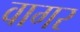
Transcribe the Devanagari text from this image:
वागर